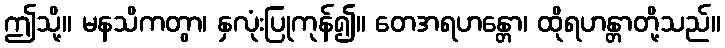
ဤသို့။ မနသိကတွာ၊ နှလုံးပြုကုန်၍။ တေအရဟန္တော၊ ထိုရဟန္တာတို့သည်။